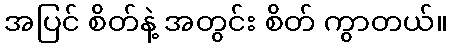
အပြင် စိတ်နဲ့ အတွင်း စိတ် ကွာတယ်။